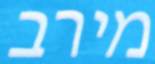
מירב